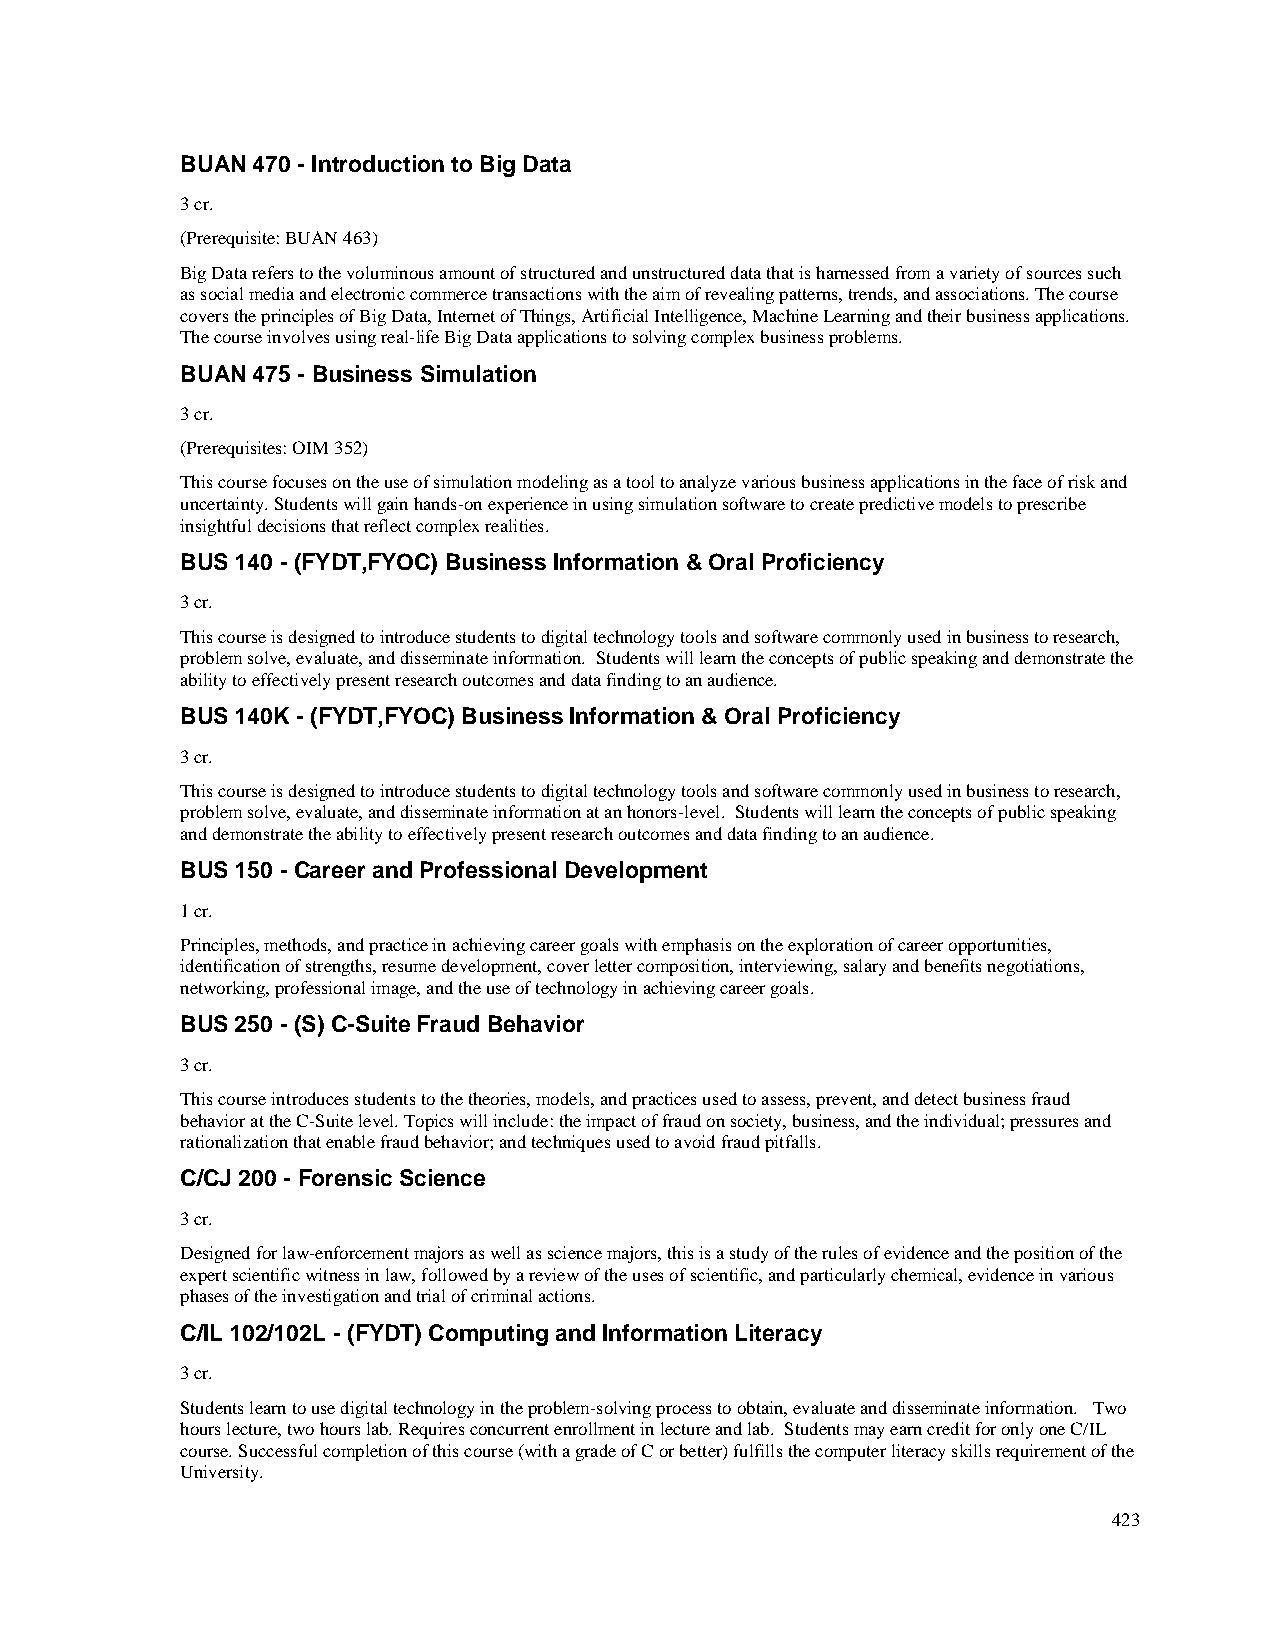
BUAN 470 - Introduction to Big Data
 3 cr.
 (Prerequisite: BUAN 463)
 Big Data refers to the voluminous amount of structured and unstructured data that is harnessed from a variety of sources such
 as social media and electronic commerce transactions with the aim of revealing patterns, trends, and associations. The course
 covers the principles of Big Data, Internet of Things, Artificial Intelligence, Machine Learning and their business applications.
 The course involves using real-life Big Data applications to solving complex business problems.
 BUAN 475 - Business Simulation
 3 cr.
 (Prerequisites: OIM 352)
 This course focuses on the use of simulation modeling as a tool to analyze various business applications in the face of risk and
 uncertainty. Students will gain hands-on experience in using simulation software to create predictive models to prescribe
 insightful decisions that reflect complex realities.
 BUS 140 - (FYDT,FYOC) Business Information & Oral Proficiency
 3 cr.
 This course is designed to introduce students to digital technology tools and software commonly used in business to research,
 problem solve, evaluate, and disseminate information. Students will learn the concepts of public speaking and demonstrate the
 ability to effectively present research outcomes and data finding to an audience.
 BUS 140K - (FYDT,FYOC) Business Information & Oral Proficiency
 3 cr.
 This course is designed to introduce students to digital technology tools and software commonly used in business to research,
 problem solve, evaluate, and disseminate information at an honors-level. Students will learn the concepts of public speaking
 and demonstrate the ability to effectively present research outcomes and data finding to an audience.
 BUS 150 - Career and Professional Development
 1 cr.
 Principles, methods, and practice in achieving career goals with emphasis on the exploration of career opportunities,
 identification of strengths, resume development, cover letter composition, interviewing, salary and benefits negotiations,
 networking, professional image, and the use of technology in achieving career goals.
 BUS 250 - (S) C-Suite Fraud Behavior
 3 cr.
 This course introduces students to the theories, models, and practices used to assess, prevent, and detect business fraud
 behavior at the C-Suite level. Topics will include: the impact of fraud on society, business, and the individual; pressures and
 rationalization that enable fraud behavior; and techniques used to avoid fraud pitfalls.
 C/CJ 200 - Forensic Science
 3 cr.
 Designed for law-enforcement majors as well as science majors, this is a study of the rules of evidence and the position of the
 expert scientific witness in law, followed by a review of the uses of scientific, and particularly chemical, evidence in various
 phases of the investigation and trial of criminal actions.
 C/IL 102/102L - (FYDT) Computing and Information Literacy
 3 cr.
 Students learn to use digital technology in the problem-solving process to obtain, evaluate and disseminate information. Two
 hours lecture, two hours lab. Requires concurrent enrollment in lecture and lab. Students may earn credit for only one C/IL
 course. Successful completion of this course (with a grade of C or better) fulfills the computer literacy skills requirement of the
 University.
 423